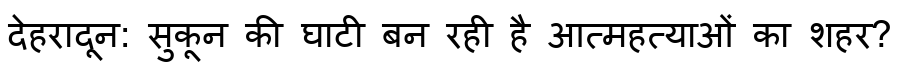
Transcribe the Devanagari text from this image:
देहरादून: सुकून की घाटी बन रही है आत्महत्याओं का शहर?